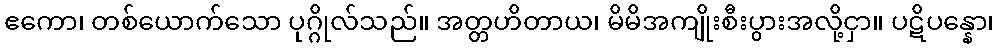
ဧကော၊ တစ်ယောက်သော ပုဂ္ဂိုလ်သည်။ အတ္တဟိတာယ၊ မိမိအကျိုးစီးပွားအလို့ငှာ။ ပဋိပန္နော၊